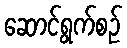
ဆောင်ရွက်စဉ်